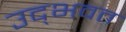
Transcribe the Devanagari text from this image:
उद्‌भवत